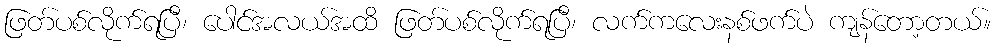
ဖြတ်ပစ်လိုက်ရပြီ၊ ပေါင်အလယ်အထိ ဖြတ်ပစ်လိုက်ရပြီ၊ လက်ကလေးနစ်ဖက်ပဲ ကျန်တော့တယ်။